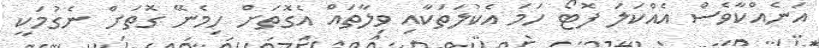
އަނެއްކާވެސް އެއްކަލަ ފޮޓޯ ހަމަ އެކުލަތަކާއި ވިލާތައް އެގޮތަށް ހިމެނޭ ގޮތަށް ނެގުމަކީ